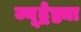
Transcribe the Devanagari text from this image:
ज्यूद्वेष्ट्या